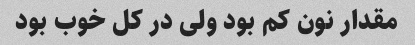
مقدار نون کم بود ولی در کل خوب بود